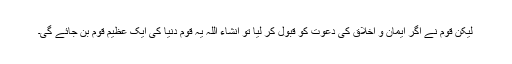
لیکن قوم نے اگر ایمان و اخلاق کی دعوت کو قبول کر لیا تو انشاء اللہ یہ قوم دنیا کی ایک عظیم قوم بن جائے گی۔